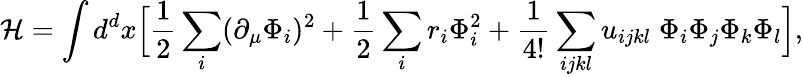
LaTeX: {\cal H}=\int d^{d}x\Bigl[{\frac{1}{2}}\sum_{i}(\partial_{\mu}\Phi_{i})^{2}+{\frac{1}{2}}\sum_{i}r_{i}\Phi_{i}^{2}+{\frac{1}{4!}}\sum_{ijkl}u_{ijkl}\; \Phi_{i}\Phi_{j}\Phi_{k}\Phi_{l}\Bigr],